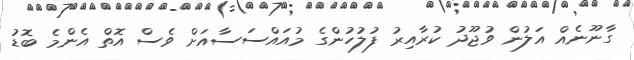
ގާނޫނެއް އަލުން ވުޖޫދު ކުރާއިރު ފުލުހުންގެ މުއައްސަސާއަށް ވެސް އޮތް އެންމެ ބޮޑު